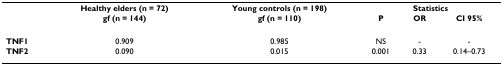
|  | Healthy elders (n = 72) | Young controls (n = 198) | <COLSPAN=3> Statistics |
 |  | gf (n = 144) | gf (n = 110) | P | OR | CI 95% |
 | --- | --- | --- | --- | --- | --- |
 | TNF1 | 0.909 | 0.985 | NS | - | - |
 | TNF2 | 0.090 | 0.015 | 0.001 | 0.33 | 0.14–0.73 |